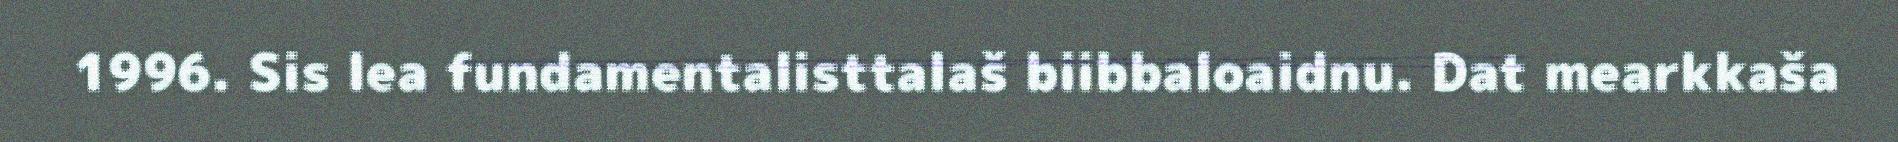
1996. Sis lea fundamentalisttalaš biibbaloaidnu. Dat mearkkaša